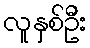
လူနှစ်ဦး